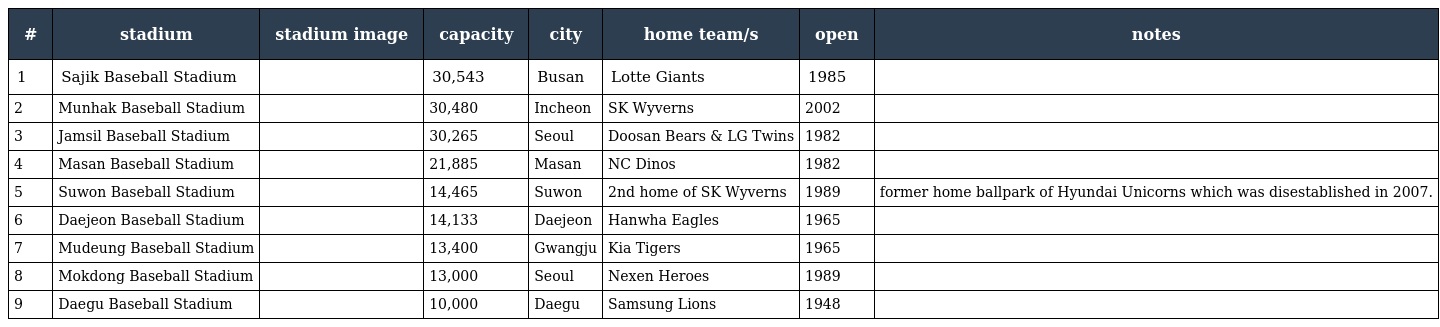
| # | stadium | stadium image | capacity | city | home team/s | open | notes |
 | --- | --- | --- | --- | --- | --- | --- | --- |
 | 1 | Sajik Baseball Stadium |  | 30,543 | Busan | Lotte Giants | 1985 |  |
 | 2 | Munhak Baseball Stadium |  | 30,480 | Incheon | SK Wyverns | 2002 |  |
 | 3 | Jamsil Baseball Stadium |  | 30,265 | Seoul | Doosan Bears & LG Twins | 1982 |  |
 | 4 | Masan Baseball Stadium |  | 21,885 | Masan | NC Dinos | 1982 |  |
 | 5 | Suwon Baseball Stadium |  | 14,465 | Suwon | 2nd home of SK Wyverns | 1989 | former home ballpark of Hyundai Unicorns which was disestablished in 2007. |
 | 6 | Daejeon Baseball Stadium |  | 14,133 | Daejeon | Hanwha Eagles | 1965 |  |
 | 7 | Mudeung Baseball Stadium |  | 13,400 | Gwangju | Kia Tigers | 1965 |  |
 | 8 | Mokdong Baseball Stadium |  | 13,000 | Seoul | Nexen Heroes | 1989 |  |
 | 9 | Daegu Baseball Stadium |  | 10,000 | Daegu | Samsung Lions | 1948 |  |